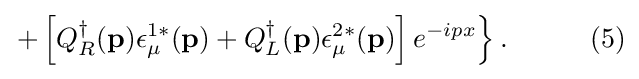
\left.+\left[Q_{R}^{\dagger }(\mathbf {p} )\epsilon _{\mu }^{1*}(\mathbf {p} )+Q_{L}^{\dagger }(\mathbf {p} )\epsilon _{\mu }^{2*}(\mathbf {p} )\right]e^{-ipx}\right\}.\quad \quad \quad (5)